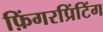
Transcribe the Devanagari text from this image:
फ़िंगरप्रिंटिंग